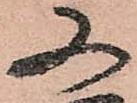
又